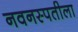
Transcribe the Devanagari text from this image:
नवनस्पतीला